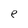
Character: e